Vaccination in Bombay 1863-1868 - 1863-1868
Year: 1863
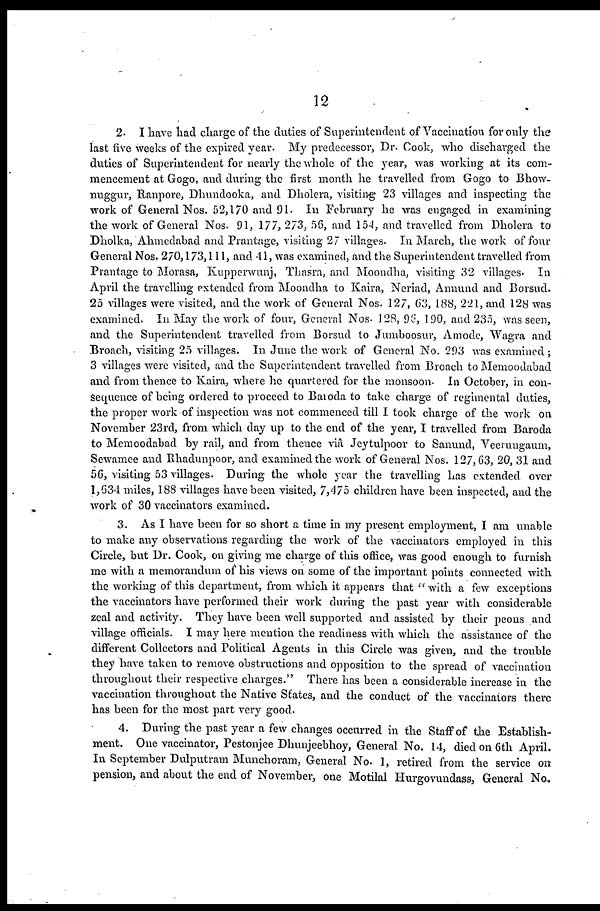
12
2. I have had charge of the duties of Superintendent of Vaccination for only the
last five weeks of the expired year. My predecessor, Dr. Cook, who discharged the
duties of Superintendent for nearly the whole of the year, was working at its com-
mencement at Gogo, and during the first month he travelled from Gogo to Bhow-
nuggur, Ranpore, Dhundooka, and Dholera, visiting 23 villages and inspecting the
work of General Nos. 52,170 and 91. In February he was engaged in examining
the work of General Nos. 91, 177, 273, 56, and 154, and travelled from Dholera to
Dholka, Ahmedabad and Prantage, visiting 27 villages. In March, the work of four
General Nos. 270,173,111, and 41, was examined, and the Superintendent travelled from
Prantage to Morasa, Kupperwunj, Thasra, and Moondha, visiting 32 villages. In
April the travelling extended from Moondha to Kaira, Neriad, Annund and Borsud.
25 villages were visited, and the work of General Nos. 127, 63, 188, 221, and 128 was
examined. In May the work of four, General Nos. 128, 96, 190, and 235, was seen,
and the Superintendent travelled from Borsud to Jumboosur, A mode, Wagra and
Broach, visiting 25 villages. In June the work of General No. 293 was examined;
3 villages were visited, and the Superintendent travelled from Broach to Memoodabad
and from thence to Kaira, where he quartered for the monsoon. In October, in con-
sequence of being ordered to proceed to Baroda to take charge of regimental duties,
the proper work of inspection was not commenced till I took charge of the work on
November 23rd, from which day up to the end of the year, I travelled from Baroda
to Memoodabad by rail, and from thence viâ Jeytulpoor to Sanund, Veerungaum,
Sewamee and Rhadunpoor, and examined the work of General Nos. 127,63, 20, 31 and
56, visiting 53 villages. During the whole year the travelling has extended over
1,634 miles, 188 villages have been visited, 7,475 children have been inspected, and the
work of 30 vaccinators examined.
3. As I have been for so short a time in my present employment, I am unable
to make any observations regarding the work of the vaccinators employed in this
Circle, but Dr. Cook, on giving me charge of this office, was good enough to furnish
me with a memorandum of his views on some of the important points connected with
the working of this department, from which it appears that " with a few exceptions
the vaccinators have performed their work during the past year with considerable
zeal and activity. They have been well supported and assisted by their peons and
village officials. I may here mention the readiness with which the assistance of the
different Collectors and Political Agents in this Circle was given, and the trouble
they have taken to remove obstructions and opposition to the spread of vaccination
throughout their respective charges." There has been a considerable increase in the
vaccination throughout the Native States, and the conduct of the vaccinators there
has been for the most part very good.
4. During the past year a few changes occurred in the Staff of the Establish-
ment. One vaccinator, Pestonjee Dhunjeebhoy, General No. 14, died on 6th April.
In September Dulputram Munchoram, General No. 1, retired from the service on
pension, and about the end of November, one Motilal Hurgovundass, General No,